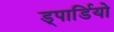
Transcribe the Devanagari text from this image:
ड्पार्डियो